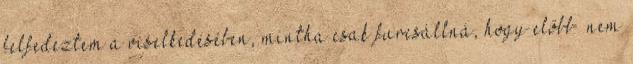
felfedeztem a vi­selkedésében, mintha csak fur­csáll­ná, hogy előbb „nem